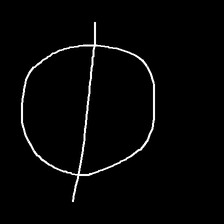
Glyph: orb